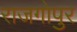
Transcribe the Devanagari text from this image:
राजगोपुर